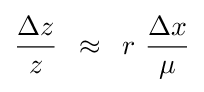
{{\Delta z} \over z}\,\,\,\approx \,\,\,r\,\,{{\Delta x} \over \mu }